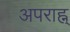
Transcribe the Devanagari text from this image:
अपराह्न्